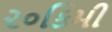
૨૦કિમી